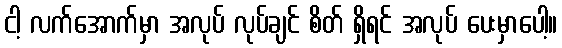
ငါ့ လက်အောက်မှာ အလုပ် လုပ်ချင် စိတ် ရှိရင် အလုပ် ပေးမှာပေါ့။